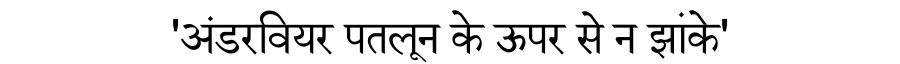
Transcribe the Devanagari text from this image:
'अंडरवियर पतलून के ऊपर से न झांके'